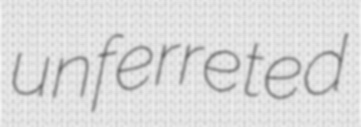
unferreted